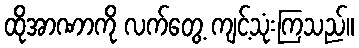
ထိုအာဏာကို လက်တွေ့ ကျင့်သုံးကြသည်။